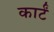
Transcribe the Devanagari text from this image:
कार्टं